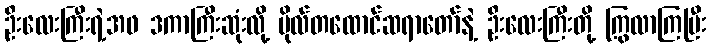
ဦးလေးကြီးရဲ့အဖ ဒကာကြီးဆုံးလို့ ဗိုလ်တထောင်ဆရာတော်နဲ့ ဦးလေးကြီးတို့ ကြွလာကြပြီး